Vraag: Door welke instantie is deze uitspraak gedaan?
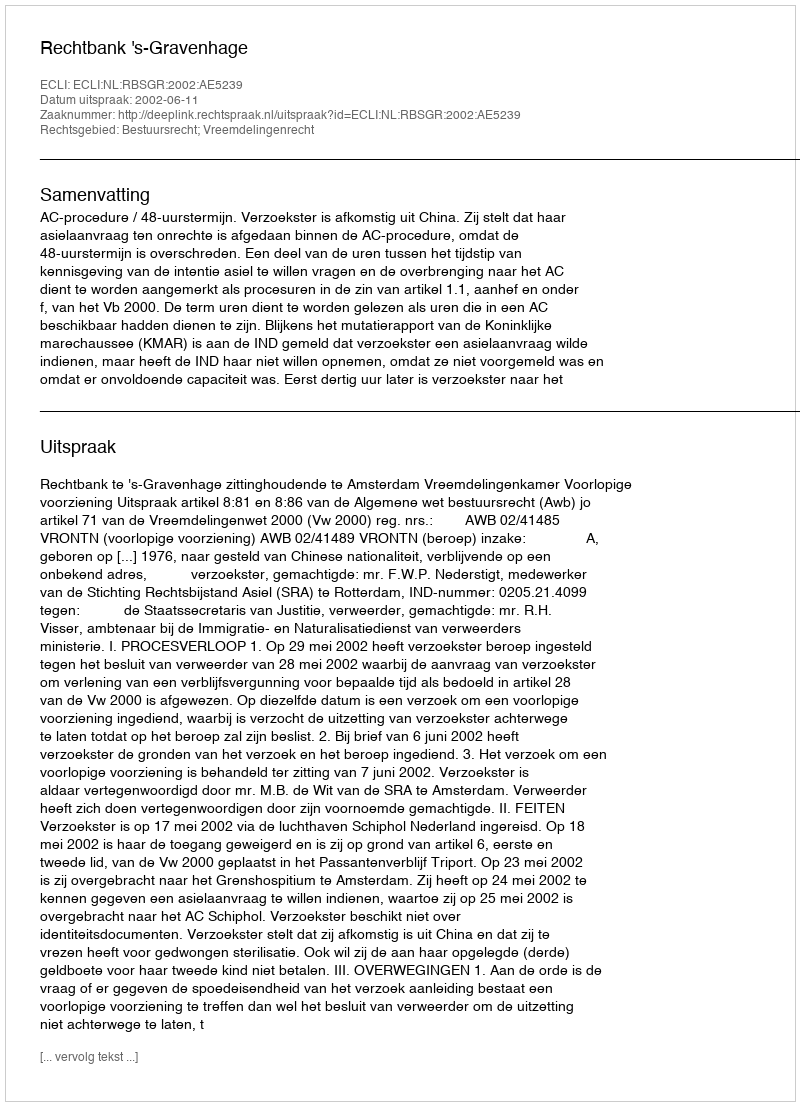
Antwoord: Rechtbank 's-Gravenhage